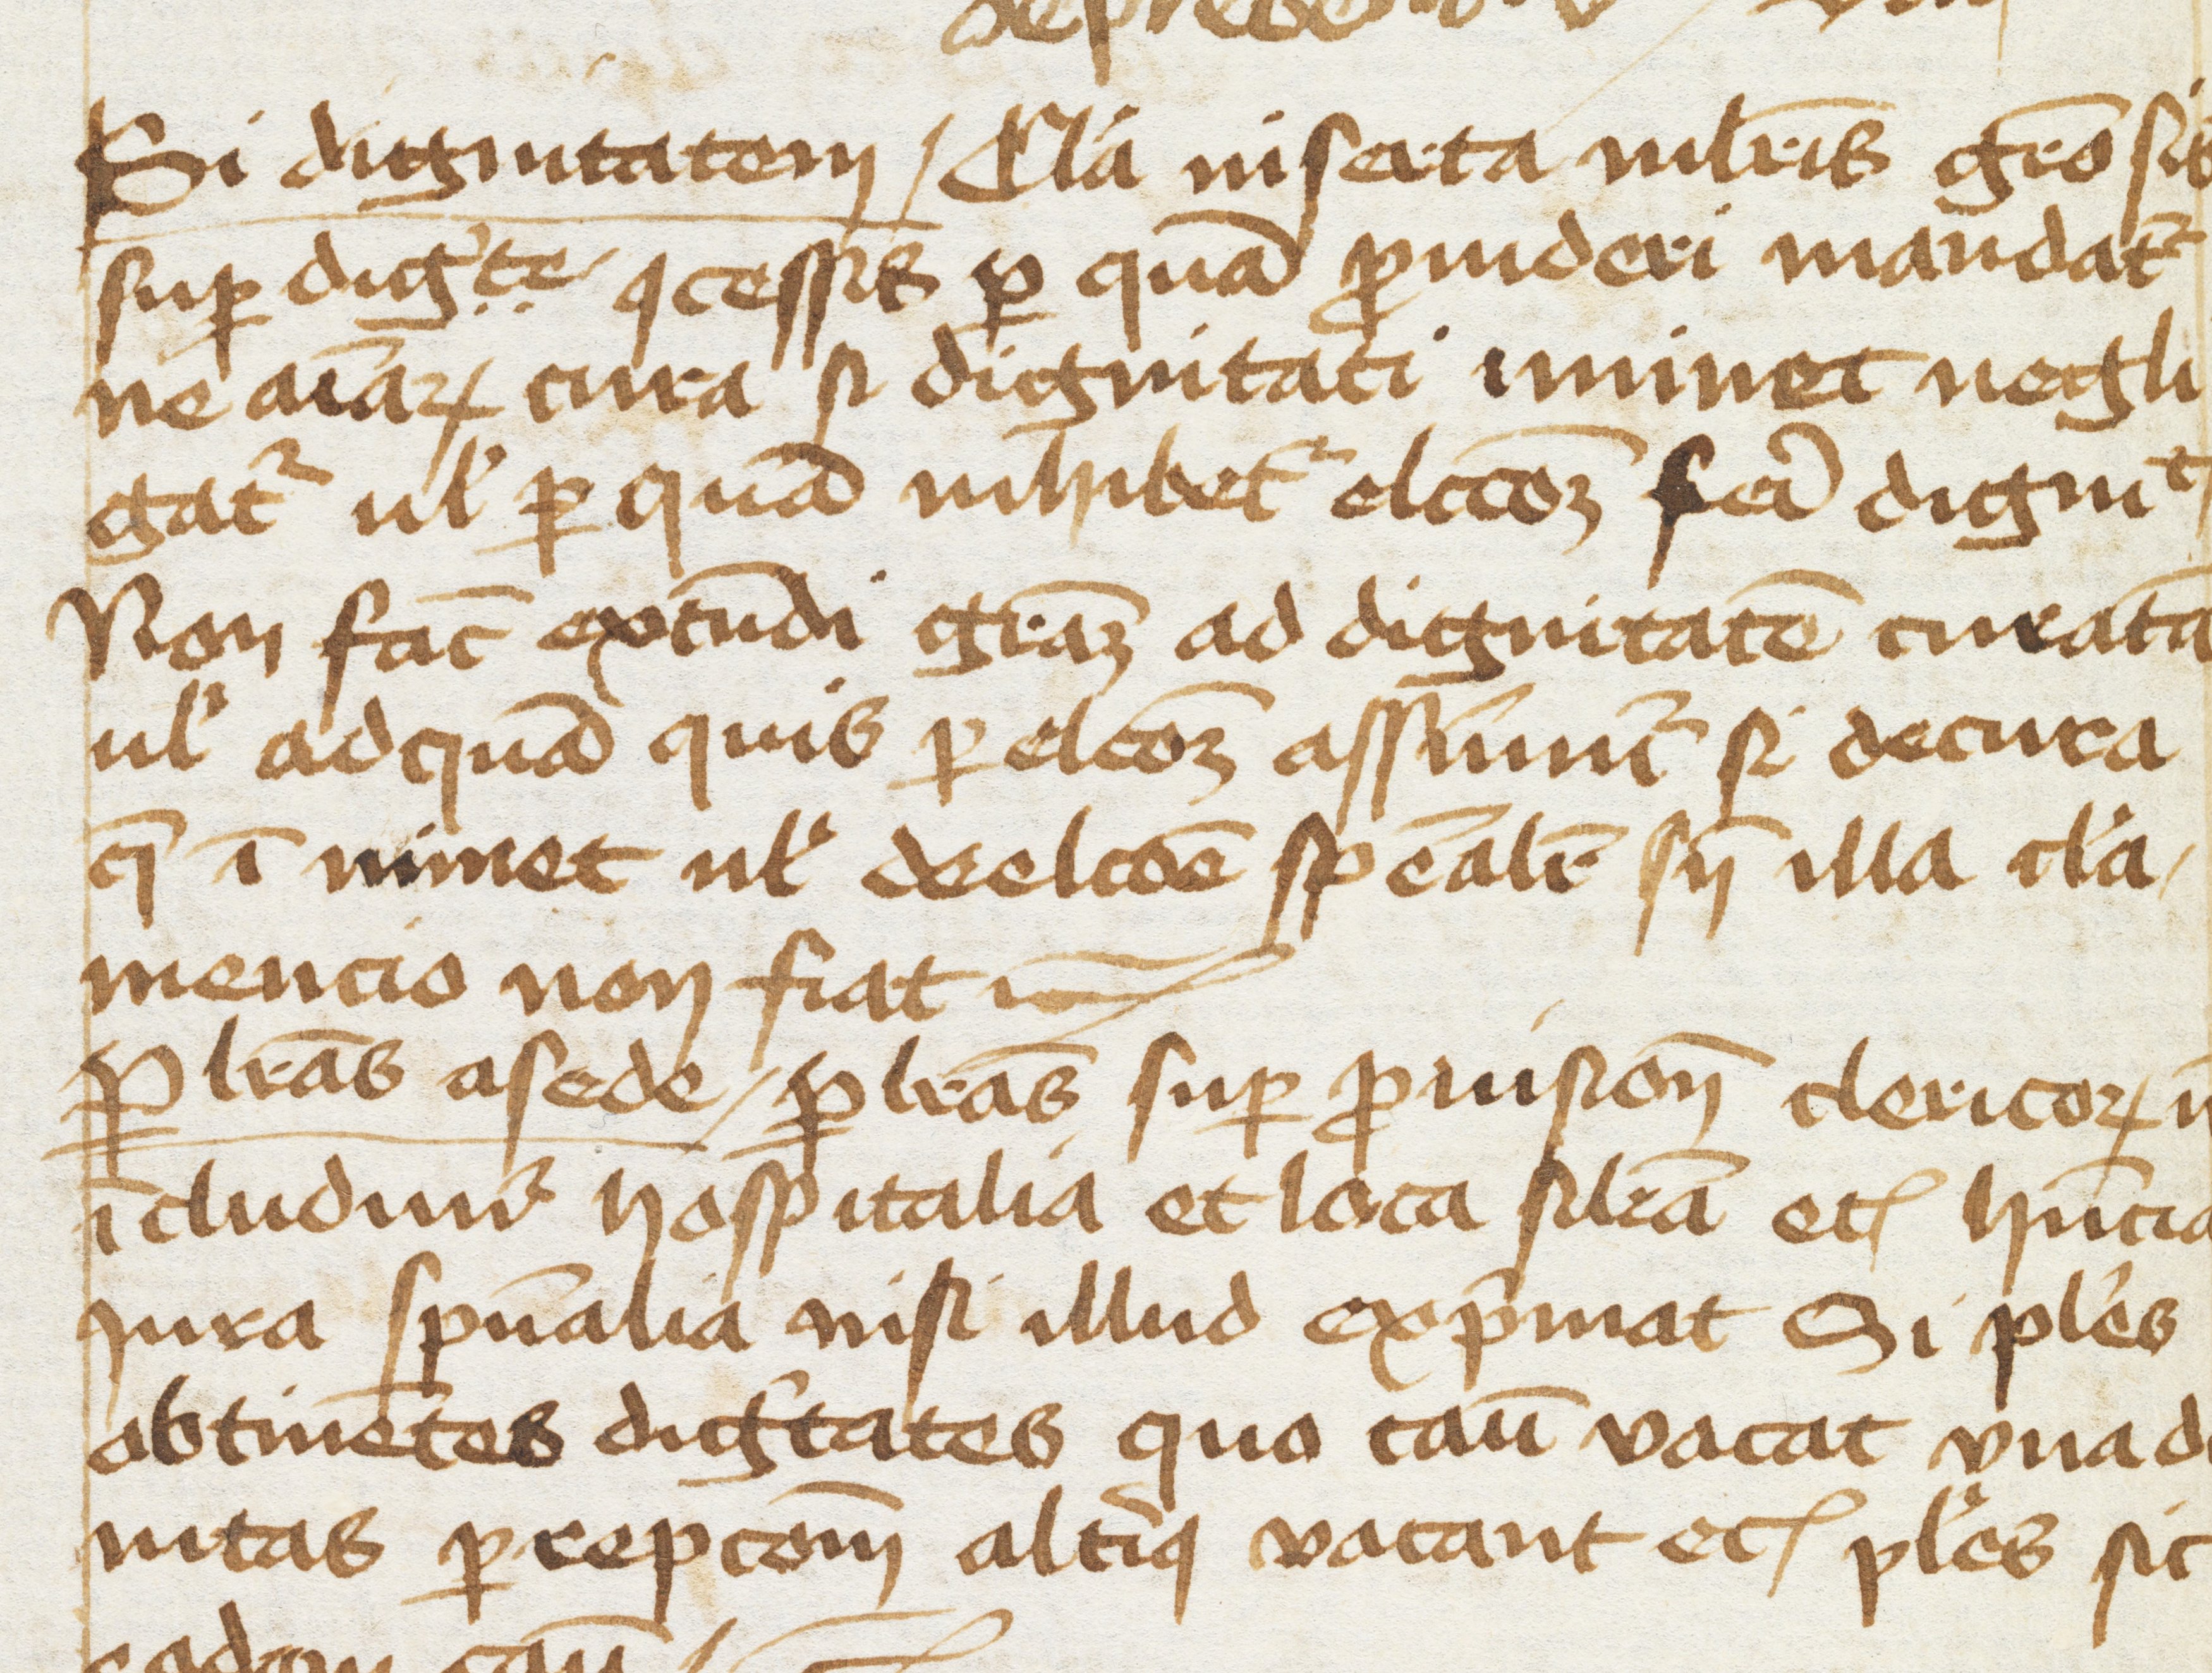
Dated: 1400–1499